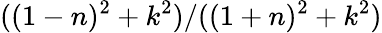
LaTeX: ((1-n)^{2}+k^{2})/((1+n)^{2}+k^{2})